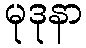
မုဒုနာ